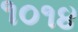
૧૦૧૪